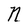
Character: n